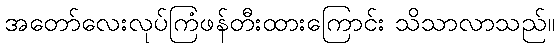
အတော်လေးလုပ်ကြံဖန်တီးထားကြောင်း သိသာလာသည်။